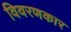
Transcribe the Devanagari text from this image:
विवरणकार